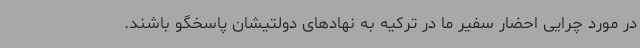
در مورد چرایی احضار سفیر ما در ترکیه به نهادهای دولتیشان پاسخگو باشند.